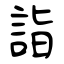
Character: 詣